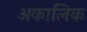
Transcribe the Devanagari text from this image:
अकालिक